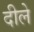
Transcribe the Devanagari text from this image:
दीले